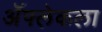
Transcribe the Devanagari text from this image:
ॲफ्लेकला